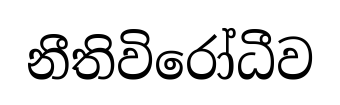
නීතිවිරෝධීව